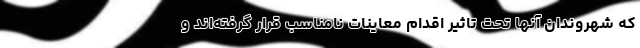
که شهروندان آنها تحت تاثیر اقدام معاینات نامناسب قرار گرفته‌اند و